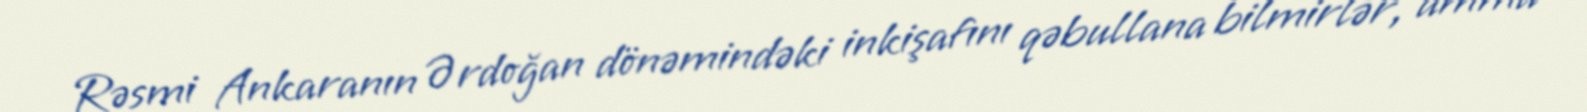
Rəsmi Ankaranın Ərdoğan dönəmindəki inkişafını qəbullana bilmirlər, amma